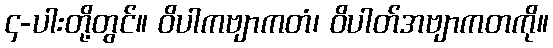
၄-ပါးတို့တွင်။ ဝိပါကဗျာကတံ၊ ဝိပါတ်အဗျာကတကို။